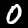
Label: 0